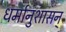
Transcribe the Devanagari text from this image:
धर्मानुशासन्